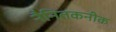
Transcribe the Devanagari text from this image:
नैनितकनीक